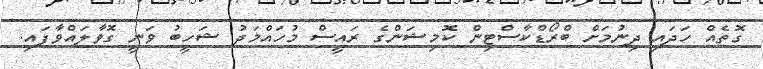
ގޮތެއް ހަދައި ދިނުމަށް ބްރޯޑްކާސްޓިން ކޮމިޝަންގެ ރައީސް މުހައްމަދު ޝަހީބު ވަނީ ގޮވާލައްވާފައި.